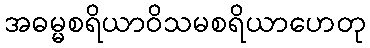
အဓမ္မစရိယာဝိသမစရိယာဟေတု